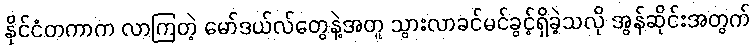
နိုင်ငံတကာက လာကြတဲ့ မော်ဒယ်လ်တွေနဲ့အတူ သွားလာခင်မင်ခွင့်ရှိခဲ့သလို အွန်ဆိုင်းအတွက်